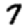
Digit: 7